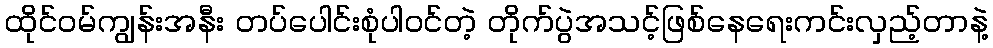
ထိုင်ဝမ်ကျွန်းအနီး တပ်ပေါင်းစုံပါဝင်တဲ့ တိုက်ပွဲအသင့်ဖြစ်နေရေးကင်းလှည့်တာနဲ့